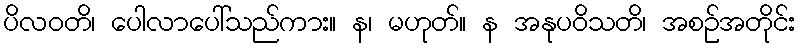
ပိလဝတိ၊ ပေါလာပေါ်သည်ကား။ န၊ မဟုတ်။ န အနုပဝိသတိ၊ အစဉ်အတိုင်း